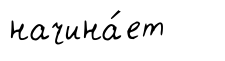
начина́ет